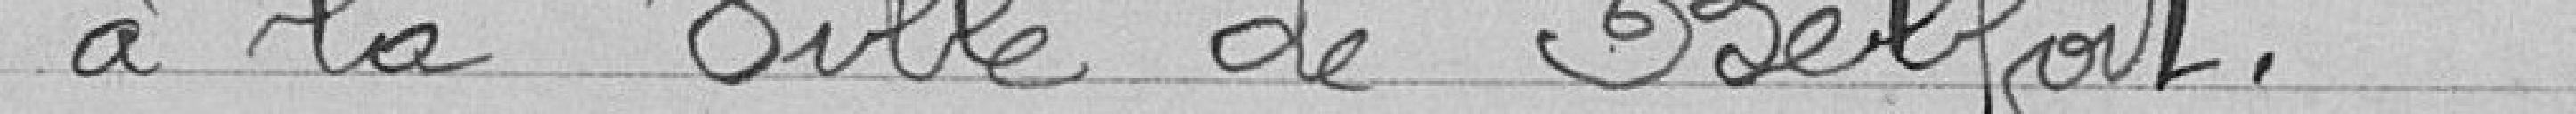
à la Ville de Belfort.